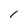
Character: 1